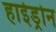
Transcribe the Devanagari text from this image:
हाईड्रोन